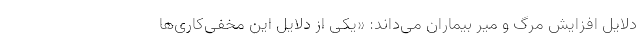
دلایل افزایش مرگ و میر بیماران می‌داند: «یکی از دلایل این مخفی‌کاری‌ها